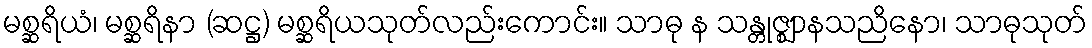
မစ္ဆရိယံ၊ မစ္ဆရိနာ (ဆဋ္ဌ) မစ္ဆရိယသုတ်လည်းကောင်း။ သာဓု န သန္တုဇ္ဈာနသညိနော၊ သာဓုသုတ်